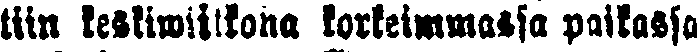
tiin keskiwiikona korkeimmassa paikassa